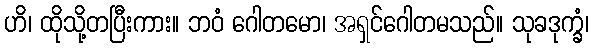
ဟိ၊ ထိုသို့တပြီးကား။ ဘဝံ ဂေါတမော၊ အရှင်ဂေါတမသည်။ သုခဒုက္ခံ၊